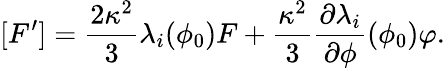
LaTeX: [F^{\prime}]=\frac{2\kappa^{2}}{3}\lambda_{i}(\phi_{0})F+\frac{\kappa^{2}}{3}\frac{\partial\lambda_{i}}{\partial\phi}(\phi_{0})\varphi.